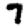
Digit: 7